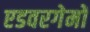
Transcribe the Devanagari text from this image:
एडवरगेमों